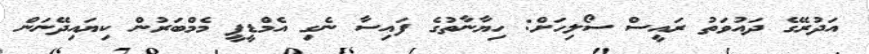
އަދުރޭގެ ދައުވަތު ރައީސް ސޯލިހަށް: ހިޔާނާތުގެ ފައިސާ ނެގި އެމްޑީޕީ މެމްބަރުން ކިޔައިދޭނަން